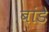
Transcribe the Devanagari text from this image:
बांडे